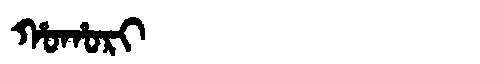
Manchu: ᡥᠣᡥᠣᡵᡳ
Romanization: HOHORI